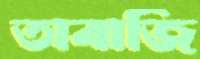
তাবাজি